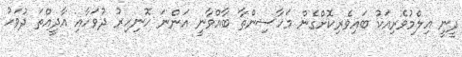
ދީނީ އިލްމުވެރިއަކު ބައިވެރިކޮށްގެން މަހާސިންތާ ބާއްވާނީ އަންނަ ހޮނިހިރު ދުވަހާއި އާދީއްތަ ދުވަހު